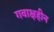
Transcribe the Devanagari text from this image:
गवाक्षहीन